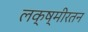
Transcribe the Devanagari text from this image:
लक्ष्मीरतन